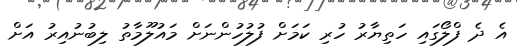
އެ ދެ ފްލޯގައި ހަތިޔާރު ހުރި ކަމަށް ފުލުހުންނަށް މައުލޫމާތު ލިބުނުއިރު އަށް